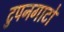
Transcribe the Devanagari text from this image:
टुपनगाटो